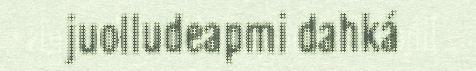
juolludeapmi dahká